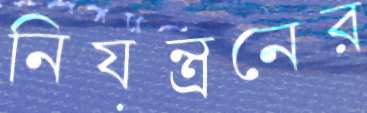
নিয়ন্ত্রনের